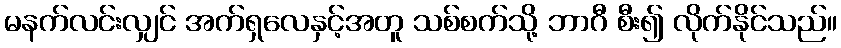
မနက်လင်းလျှင် အက်ရှလေနှင့်အတူ သစ်စက်သို့ ဘာဂီ စီး၍ လိုက်နိုင်သည်။